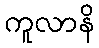
ကူလာနိ